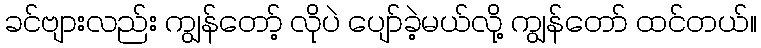
ခင်ဗျားလည်း ကျွန်တော့် လိုပဲ ပျော်ခဲ့မယ်လို့ ကျွန်တော် ထင်တယ်။